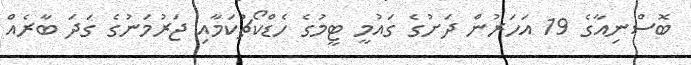
ބޮސްނިއާގެ 19 އަހަރުން ދަށުގެ ގައުމީ ޓީމުގެ ހެޑްކޯޗުކަމާއި ޖަރުމަނުގެ ގަދަ ބާރެއް